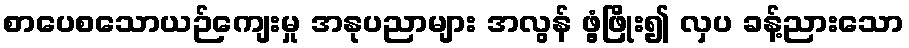
စာပေစသောယဉ်ကျေးမှု အနုပညာများ အလွန် ဖွံ့ဖြိုး၍ လှပ ခန့်ညားသော